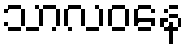
သာလဝနေ